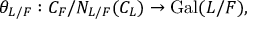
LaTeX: \theta _ { L / F } : C _ { F } / { N _ { L / F } ( C _ { L } ) } \to \operatorname { G a l } ( L / F ) ,